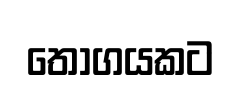
තොගයකට